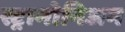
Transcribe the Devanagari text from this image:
स्ट्रामोनिअम